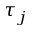
\tau _ { j }